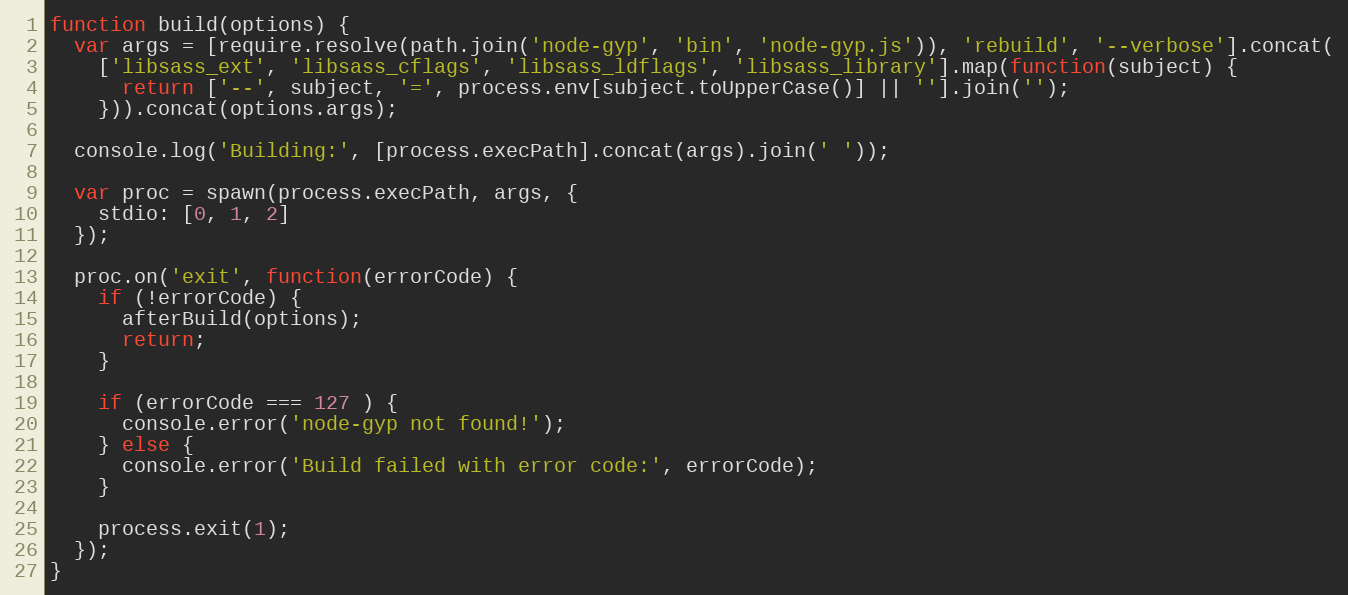
Language: JavaScript
function build(options) {
  var args = [require.resolve(path.join('node-gyp', 'bin', 'node-gyp.js')), 'rebuild', '--verbose'].concat(
    ['libsass_ext', 'libsass_cflags', 'libsass_ldflags', 'libsass_library'].map(function(subject) {
      return ['--', subject, '=', process.env[subject.toUpperCase()] || ''].join('');
    })).concat(options.args);

  console.log('Building:', [process.execPath].concat(args).join(' '));

  var proc = spawn(process.execPath, args, {
    stdio: [0, 1, 2]
  });

  proc.on('exit', function(errorCode) {
    if (!errorCode) {
      afterBuild(options);
      return;
    }

    if (errorCode === 127 ) {
      console.error('node-gyp not found!');
    } else {
      console.error('Build failed with error code:', errorCode);
    }

    process.exit(1);
  });
}